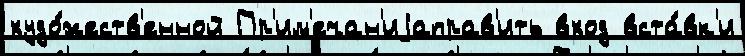
худо́жеств'енной Пр'им'ечан'иjаправ'ить вход вста́вк'и